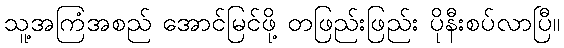
သူ့အကြံအစည် အောင်မြင်ဖို့ တဖြည်းဖြည်း ပိုနီးစပ်လာပြီ။